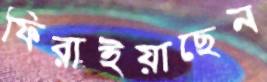
ফিরাইয়াছেন